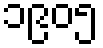
၁၉၀၅